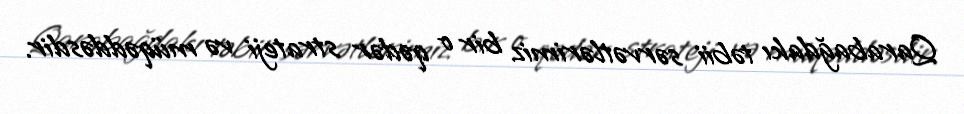
Qarabağdakı təbii sərvətlərimiz bir o qədər strateji və müqəddəsdir.